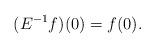
LaTeX: \begin{align*} &(E^{-1}f)(0)=f(0).\end{align*}